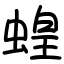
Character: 蝗